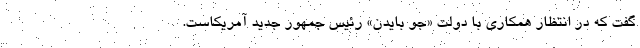
گفت که در انتظار همکاری با دولت «جو بایدن» رئیس جمهور جدید آمریکاست.